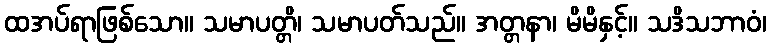
ထအပ်ရာဖြစ်သော။ သမာပတ္တိ၊ သမာပတ်သည်။ အတ္တနာ၊ မိမိနှင့်။ သဒိသဘာဝံ၊